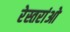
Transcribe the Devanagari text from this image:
रेस्तरांओ